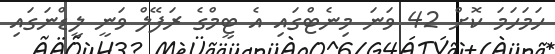
ހަމަހަމަ ކޮށް 42 ވަނަ މިނެޓްގައި އެ ޓީމްގެ ރަފޭލް ވަނީ ލީޑްނަގައި